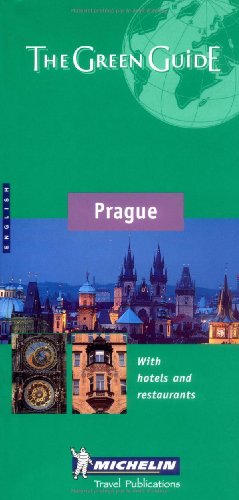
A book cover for Michelin Green Guide: Prague; Travel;